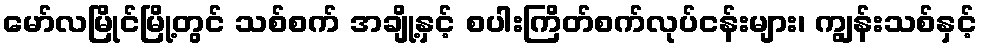
မော်လမြိုင်မြို့တွင် သစ်စက် အချို့နှင့် စပါးကြိတ်စက်လုပ်ငန်းများ၊ ကျွန်းသစ်နှင့်